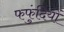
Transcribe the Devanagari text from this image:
फफुंदियों